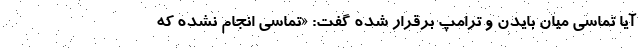
آیا تماسی میان بایدن و ترامپ برقرار شده گفت: «تماسی انجام نشده که